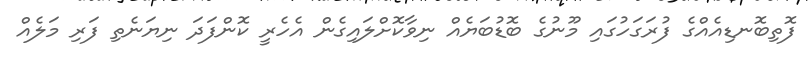
ފޮތިބޮނޑިއެއްގެ ފުރަގަހުގައި މޫނުގެ ބޮޑުބަޔެއް ނިވާކޮށްލައިގެން އެހެރީ ކޮންފަދަ ނިޔަނެތި ފަރި މަލެއް